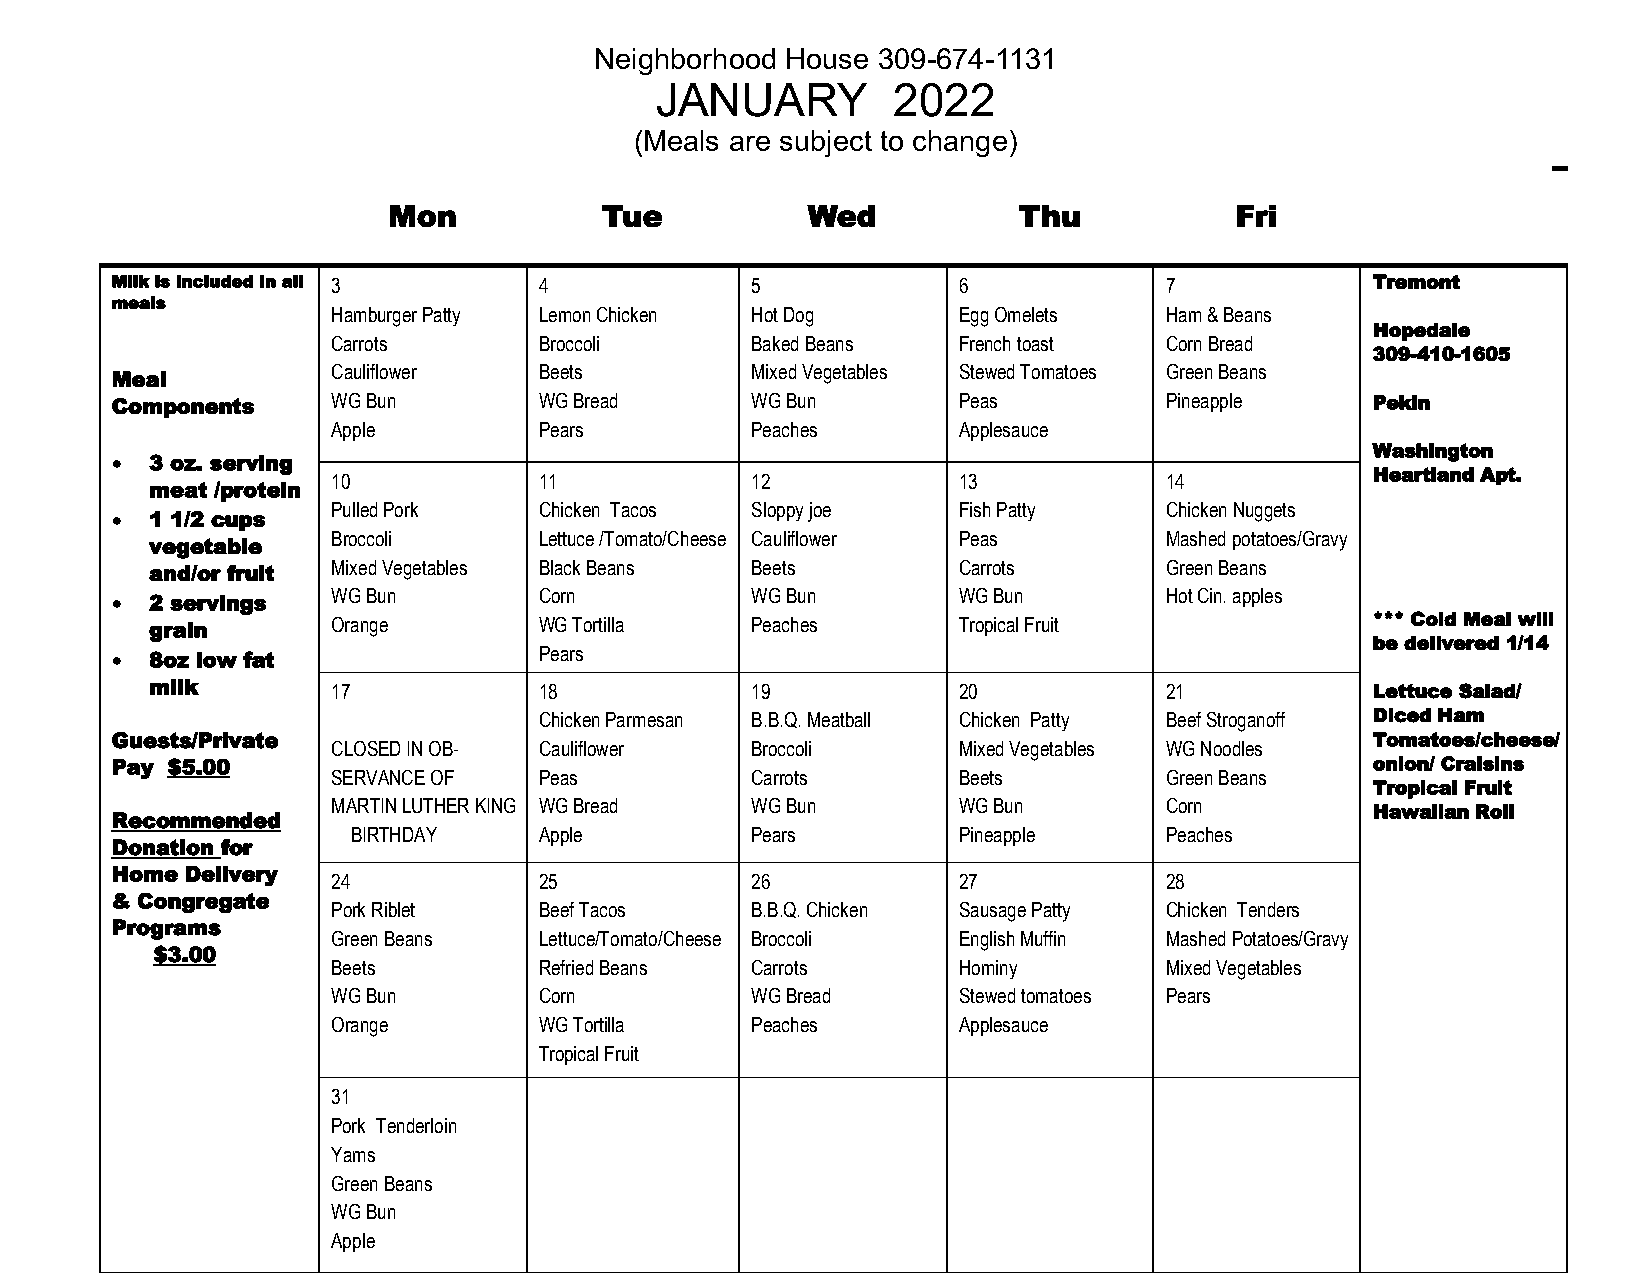
Neighborhood House 309-674-1131
 JANUARY         2022
 (Meals are subject to change)
 Mon           Tue          Wed           Thu            Fri
 Milk is included in all 3    4             5            6             7             Tremont
 meals
 Hamburger Patty Lemon Chicken Hot Dog    Egg Omelets   Ham & Beans
 Hopedale
 Carrots       Broccoli      Baked Beans  French toast  Corn Bread
 309-410-1605
 Cauliflower   Beets         Mixed Vegetables Stewed Tomatoes Green Beans
 Meal
 Components     WG Bun        WG Bread      WG Bun       Peas          Pineapple     Pekin
 Apple         Pears         Peaches      Applesauce
 Washington
 •  3 oz. serving
 10            11            12           13            14            Heartland Apt.
 meat /protein
 Pulled Pork   Chicken Tacos Sloppy joe   Fish Patty    Chicken Nuggets
 •  1 1/2 cups
 Broccoli      Lettuce /Tomato/Cheese Cauliflower Peas  Mashed potatoes/Gravy
 vegetable
 and/or fruit Mixed Vegetables Black Beans Beets      Carrots       Green Beans
 WG Bun        Corn          WG Bun       WG Bun        Hot Cin. apples
 •  2 servings
 grain       Orange        WG Tortilla   Peaches      Tropical Fruit              *** Cold Meal will
 be delivered 1/14
 Pears
 •  8oz low fat
 milk        17            18            19           20            21            Lettuce Salad/
 Chicken Parmesan B.B.Q. Meatball Chicken Patty Beef Stroganoff Diced Ham
 Guests/Private                                                                      Tomatoes/cheese/
 CLOSED IN OB- Cauliflower   Broccoli     Mixed Vegetables WG Noodles
 Pay $5.00                                                                           onion/ Craisins
 SERVANCE OF   Peas          Carrots      Beets         Green Beans
 Tropical Fruit
 MARTIN LUTHER KING WG Bread WG Bun       WG Bun        Corn
 Hawaiian Roll
 Recommended
 BIRTHDAY     Apple         Pears        Pineapple     Peaches
 Donation for
 Home Delivery
 24            25            26           27            28
 & Congregate
 Pork Riblet   Beef Tacos    B.B.Q. Chicken Sausage Patty Chicken Tenders
 Programs
 Green Beans   Lettuce/Tomato/Cheese Broccoli English Muffin Mashed Potatoes/Gravy
 $3.00
 Beets         Refried Beans Carrots      Hominy        Mixed Vegetables
 WG Bun        Corn          WG Bread     Stewed tomatoes Pears
 Orange        WG Tortilla   Peaches      Applesauce
 Tropical Fruit
 31
 Pork Tenderloin
 Yams
 Green Beans
 WG Bun
 Apple